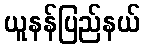
ယူနန်ပြည်နယ်